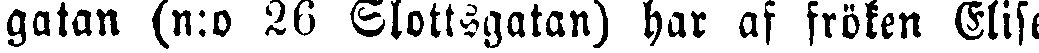
gatan (n:o 26 Slottsgatan) har af fröken Elise